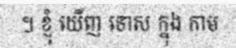
។ ខ្ញុំ ឃើញ ទោស ក្នុង កាម